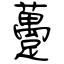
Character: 躉